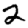
Digit: 2